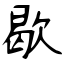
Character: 歇